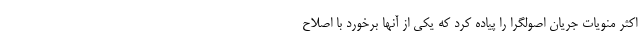
اکثر منویات جریان اصولگرا را پیاده کرد که یکی از آنها برخورد با اصلاح